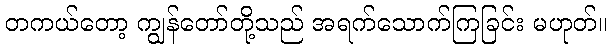
တကယ်တော့ ကျွန်တော်တို့သည် အရက်သောက်ကြခြင်း မဟုတ်။